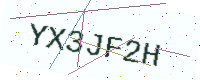
Text: YX3JF2H